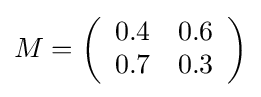
M=\left({\begin{array}{cc}0.4&0.6\\0.7&0.3\end{array}}\right)